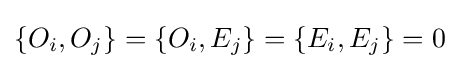
\{O_{i},O_{j}\}=\{O_{i},E_{j}\}=\{E_{i},E_{j}\}=0